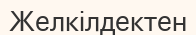
Желкілдектен